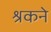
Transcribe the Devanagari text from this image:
श्रकने